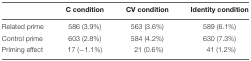
|  | C condition | CV condition | Identity condition |
 | --- | --- | --- | --- |
 | Related prime | 586 (3.9%) | 563 (3.6%) | 589 (6.1%) |
 | Control prime | 603 (2.8%) | 584 (4.2%) | 630 (7.3%) |
 | Priming effect | 17 (–1.1%) | 21 (0.6%) | 41 (1.2%) |